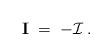
LaTeX: \begin{align*}{\mathbf I} \;=\; - {\mathcal I} \;.\end{align*}